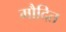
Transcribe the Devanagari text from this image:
मौदित